Lunatic asylums in Bengal annual reports 1912-1924 - 1912-1924
Year: 1912
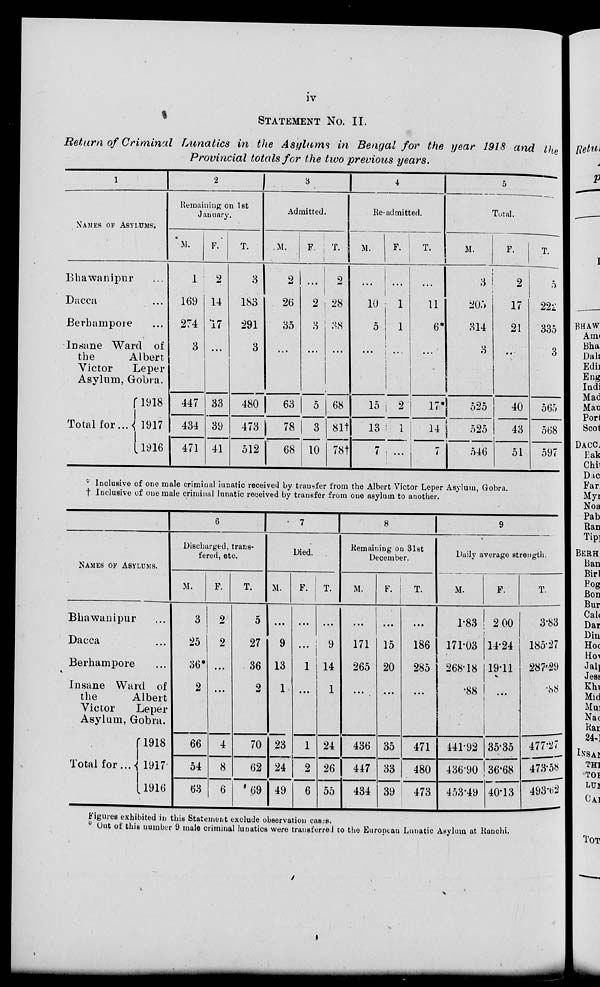
iv
STATEMENT NO. II.
Return of Criminal Lunatics in the Asylums in Bengal for the year 1918 and the
Provincial totals for the two previous years.
1
NAMES OF ASYLUMS.
Bhawanipur ...
Dacca ...
Berhampore ...
Insane Ward of
the
Albert
Victor
Leper
Asylum, Gobra.
Total for...
1918
1917
1916
2
Remaining on 1st
January.
M.
1
169
274
3
447
434
471
F.
2
14
17
...
33
39
41
T.
3
183
291
3
480
473
512
3
Admitted.
M.
2
26
35
. . .
63
78
68
F.
...
2
3
...
5
3
10
T.
2
28
3S
...
68
81†
78†
4
Re-admitted.
M.
...
10
5
...
15
13
7
F.
...
...
...
...
2
1
...
T.
...
11
6
...
17
14
7
5
Total.
M.
3
205
314
3
525
525
546
F.
2
17
21
...
40
43
51
T.
5
222
335
3
565
568
597
* Inclusive of one male criminal lunatic received by transfer from the Albert Victor Leper Asylum, Gobra.
† Inclusive of one male criminal lunatic received by transfer from one asylum to another.
NAMES OF ASYLUMS.
Bhawanipur ...
Dacca ...
Berhampore ...
Insane Ward of
the
Albert
Victor
Leper
Asylum, Gobra.
Total for...
1918
1917
1916
6
Dischrged, trans-
fered, etc.
M.
3
25
36
2
66
54
63
F.
2
2
...
...
4
8
6
T.
5
27
36
2
70
62
69
7
Died.
M.
...
9
13
1
23
24
49
F.
...
...
1
...
1
2
6
T.
...
9
14
1
24
26
55
8
Remaining on 31st
December.
M.
...
171
265
...
436
447
434
F.
...
15
20
...
35
33
39
T.
...
186
285
...
471
480
473
9
Daily average strength.
M.
1.83
171.03
268.18
88
141.92
436.90
453.49
F.
2.00
14.24
19.11
...
35.35
36.68
40.13
T.
3.83
185.27
287.29
88
477.27
473.58
493.62
Figures exhibited in this Statement exclude observation cases.
° Out of this number 9 male criminal lunatics were transferred to the European Lunatic Asylum at Ranchi.